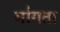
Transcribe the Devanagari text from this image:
मा॑गता